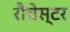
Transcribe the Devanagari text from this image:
रौचेस्टर